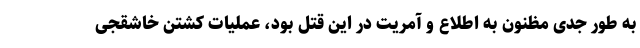
به طور جدی مظنون به اطلاع و آمریت در این قتل بود، عملیات کشتن خاشقجی